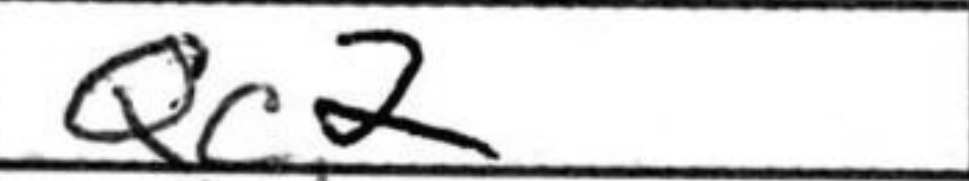
Transcription: Qc2